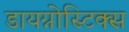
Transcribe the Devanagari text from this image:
डायग्नोस्टिक्स